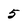
Character: 5